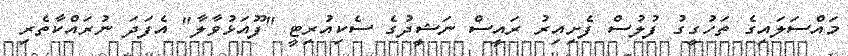
މައްސަލައިގެ ތަހުގީގު ފުލުސް ފެށިއިރު ރައީސް ނަޝީދުގެ ސެކިއުރިޓީ "ފޫއަޅުވާލާ" އެފަދަ ނުރައްކާތެރި